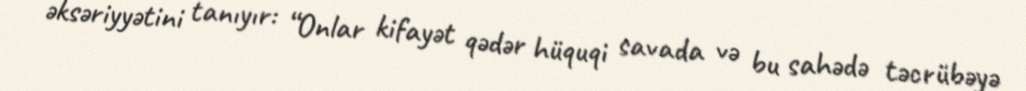
əksəriyyətini tanıyır: “Onlar kifayət qədər hüquqi savada və bu sahədə təcrübəyə